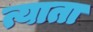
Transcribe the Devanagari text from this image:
त्याता